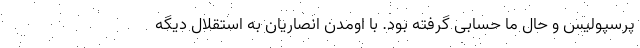
پرسپولیس و حال ما حسابی گرفته بود. با اومدن انصاریان به استقلال دیگه